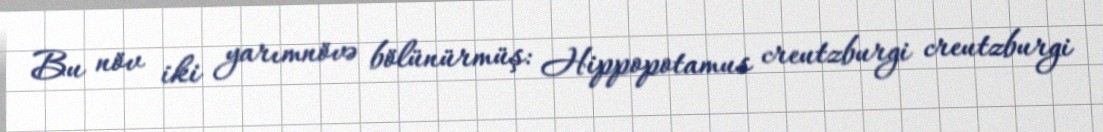
Bu növ iki yarımnövə bölünürmüş: Hippopotamus creutzburgi creutzburgi